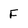
Character: F